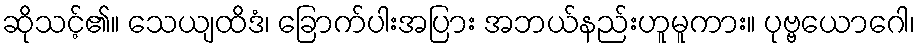
ဆိုသင့်၏။ သေယျထိဒံ၊ ခြောက်ပါးအပြား အဘယ်နည်းဟူမူကား။ ပုဗ္ဗယောဂေါ၊